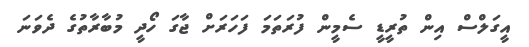
އީގަލްސް އިން ތުރީޑީ ސެމީން ފުރަތަމަ ފަހަރަށް ޖާގަ ހޯދީ މުބާރާތުގެ ދެވަނަ